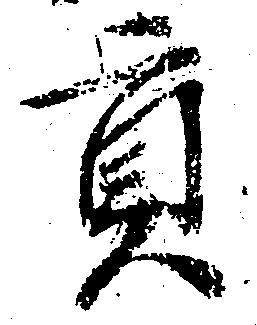
貢